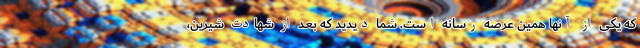
که یکی از آنها همین عرصه رسانه است. شما دیدید که بعد از شهادت شیرین،